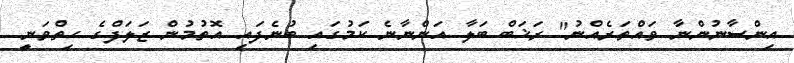
އިންސާނުންނާ ވައްތަރެއްނު" ރަޚަބް ބަލާ އަންނާނެ ކަމުގައި ބުނެފައި އޮތުމުން ޒަލަފްގެ ހިތްވަނީ